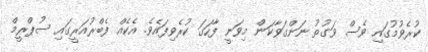
ކުރެވުމުގައި ވެސް ވަގުތު ނަންގަވާކަން މިވަނީ ފާހަގަ ކުރެވިފައެވެ. އެކެއް ފެބްރުއަރީގައި ސުޕްރީމް